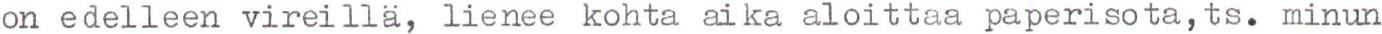
on edelleen vireillä, lienee kohta aika aloittaa paperisota, ts. minun